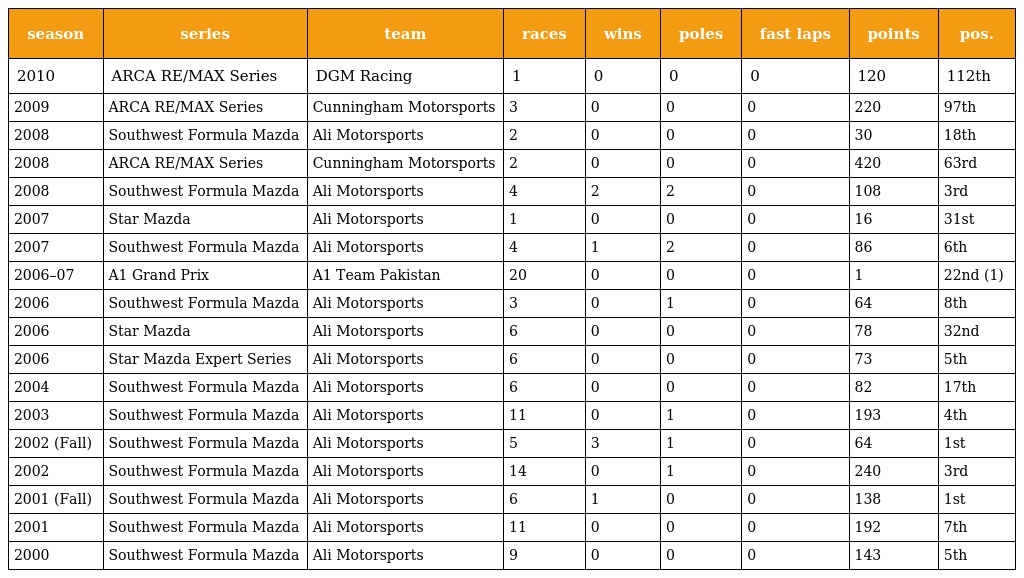
| season | series | team | races | wins | poles | fast laps | points | pos. |
 | --- | --- | --- | --- | --- | --- | --- | --- | --- |
 | 2010 | ARCA RE/MAX Series | DGM Racing | 1 | 0 | 0 | 0 | 120 | 112th |
 | 2009 | ARCA RE/MAX Series | Cunningham Motorsports | 3 | 0 | 0 | 0 | 220 | 97th |
 | 2008 | Southwest Formula Mazda | Ali Motorsports | 2 | 0 | 0 | 0 | 30 | 18th |
 | 2008 | ARCA RE/MAX Series | Cunningham Motorsports | 2 | 0 | 0 | 0 | 420 | 63rd |
 | 2008 | Southwest Formula Mazda | Ali Motorsports | 4 | 2 | 2 | 0 | 108 | 3rd |
 | 2007 | Star Mazda | Ali Motorsports | 1 | 0 | 0 | 0 | 16 | 31st |
 | 2007 | Southwest Formula Mazda | Ali Motorsports | 4 | 1 | 2 | 0 | 86 | 6th |
 | 2006–07 | A1 Grand Prix | A1 Team Pakistan | 20 | 0 | 0 | 0 | 1 | 22nd (1) |
 | 2006 | Southwest Formula Mazda | Ali Motorsports | 3 | 0 | 1 | 0 | 64 | 8th |
 | 2006 | Star Mazda | Ali Motorsports | 6 | 0 | 0 | 0 | 78 | 32nd |
 | 2006 | Star Mazda Expert Series | Ali Motorsports | 6 | 0 | 0 | 0 | 73 | 5th |
 | 2004 | Southwest Formula Mazda | Ali Motorsports | 6 | 0 | 0 | 0 | 82 | 17th |
 | 2003 | Southwest Formula Mazda | Ali Motorsports | 11 | 0 | 1 | 0 | 193 | 4th |
 | 2002 (Fall) | Southwest Formula Mazda | Ali Motorsports | 5 | 3 | 1 | 0 | 64 | 1st |
 | 2002 | Southwest Formula Mazda | Ali Motorsports | 14 | 0 | 1 | 0 | 240 | 3rd |
 | 2001 (Fall) | Southwest Formula Mazda | Ali Motorsports | 6 | 1 | 0 | 0 | 138 | 1st |
 | 2001 | Southwest Formula Mazda | Ali Motorsports | 11 | 0 | 0 | 0 | 192 | 7th |
 | 2000 | Southwest Formula Mazda | Ali Motorsports | 9 | 0 | 0 | 0 | 143 | 5th |